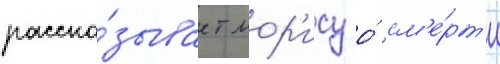
расска́зывает мор'ису о́ см'е́рт'и